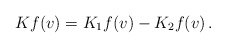
\begin{align*}\begin{aligned}K f (v) = K_1 f (v) - K_2 f (v) \,.\end{aligned}\end{align*}